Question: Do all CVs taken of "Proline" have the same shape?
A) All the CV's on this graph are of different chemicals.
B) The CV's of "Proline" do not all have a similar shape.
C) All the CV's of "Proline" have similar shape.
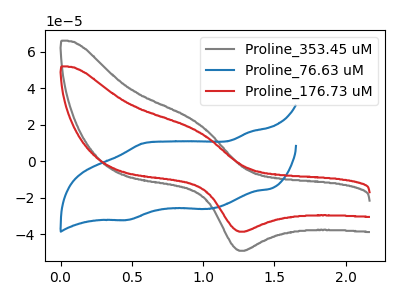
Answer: <think>The gray curve "Proline_353.45 uM" has an anodic peak at (0.95V, 21.40uA) and a cathodic peak at (1.30V, -48.95uA). The blue curve "Proline_76.63 uM" has anodic peaks at (1.35V, 16.05uA) (0.60V, 9.75uA) and cathodic peaks at (1.05V, -26.05uA) (0.45V, -32.05uA). The red curve "Proline_176.73 uM" has an anodic peak at (0.95V, 16.85uA) and a cathodic peak at (1.30V, -38.50uA).
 "Proline_353.45 uM" and "Proline_76.63 uM" have a different number of peaks. All the peaks in "Proline_353.45 uM" have a peak in "Proline_176.73 uM" at the same potential. Every peak in "Proline_353.45 uM" is higher than every peak in "Proline_176.73 uM". "Proline_76.63 uM" and "Proline_176.73 uM" have a different number of peaks.</think>
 <answer>C) All the CV's of "Proline" have similar shape.</answer>
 <eval>C</eval>